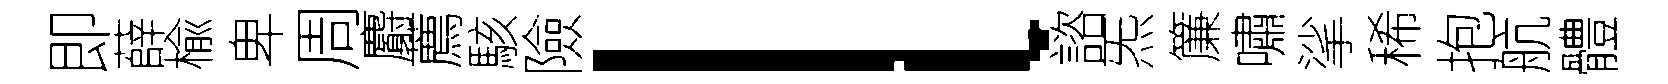
即薛楡卑周麝薦駭險l諮炁簾嘯挲稀抱航體